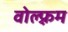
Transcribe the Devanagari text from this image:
वोल्फ़्रम